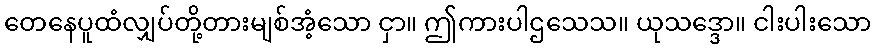
တေနေပူထံလျှပ်တို့တားမျစ်အံ့သော ငှာ။ ဤကားပါဌသေသ။ ယုသဒ္ဒော။ ငါးပါးသော